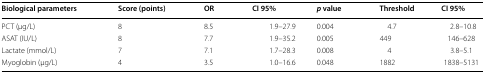
<table><thead><tr><td><b>Biological parameters</b></td><td><b>Score (points)</b></td><td><b>OR</b></td><td><b>CI 95%</b></td><td><b><i>p</i> value</b></td><td><b>Threshold</b></td><td><b>CI 95%</b></td></tr></thead><tbody><tr><td>PCT (μg/L)</td><td>8</td><td>8.5</td><td>1.9–27.9</td><td>0.004</td><td>4.7</td><td>2.8–10.8</td></tr><tr><td>ASAT (IU/L)</td><td>8</td><td>7.7</td><td>1.9–35.2</td><td>0.005</td><td>449</td><td>146–628</td></tr><tr><td>Lactate (mmol/L)</td><td>7</td><td>7.1</td><td>1.7–28.3</td><td>0.008</td><td>4</td><td>3.8–5.1</td></tr><tr><td>Myoglobin (μg/L)</td><td>4</td><td>3.5</td><td>1.0–16.6</td><td>0.048</td><td>1882</td><td>1838–5131</td></tr></tbody></table>